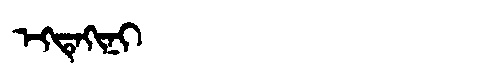
Manchu: ᡝᡴᡨᡝᡴᡳᠨᡳ
Romanization: EKTEKINI